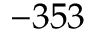
- 3 5 3